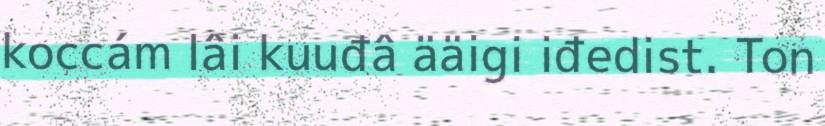
koccám lâi kuuđâ ääigi iđedist. Ton